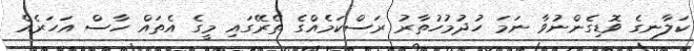
ކަލާނގެ ވޮޑިގެންނުވާ ނަމަ ހުދުމުހުތާރު ރަސްކަމެއްގެ ތެރޭގައި މީގެ އެތައް ހާސް އަހަރެއް